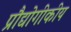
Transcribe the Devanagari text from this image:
प्रौद्योगीकीय